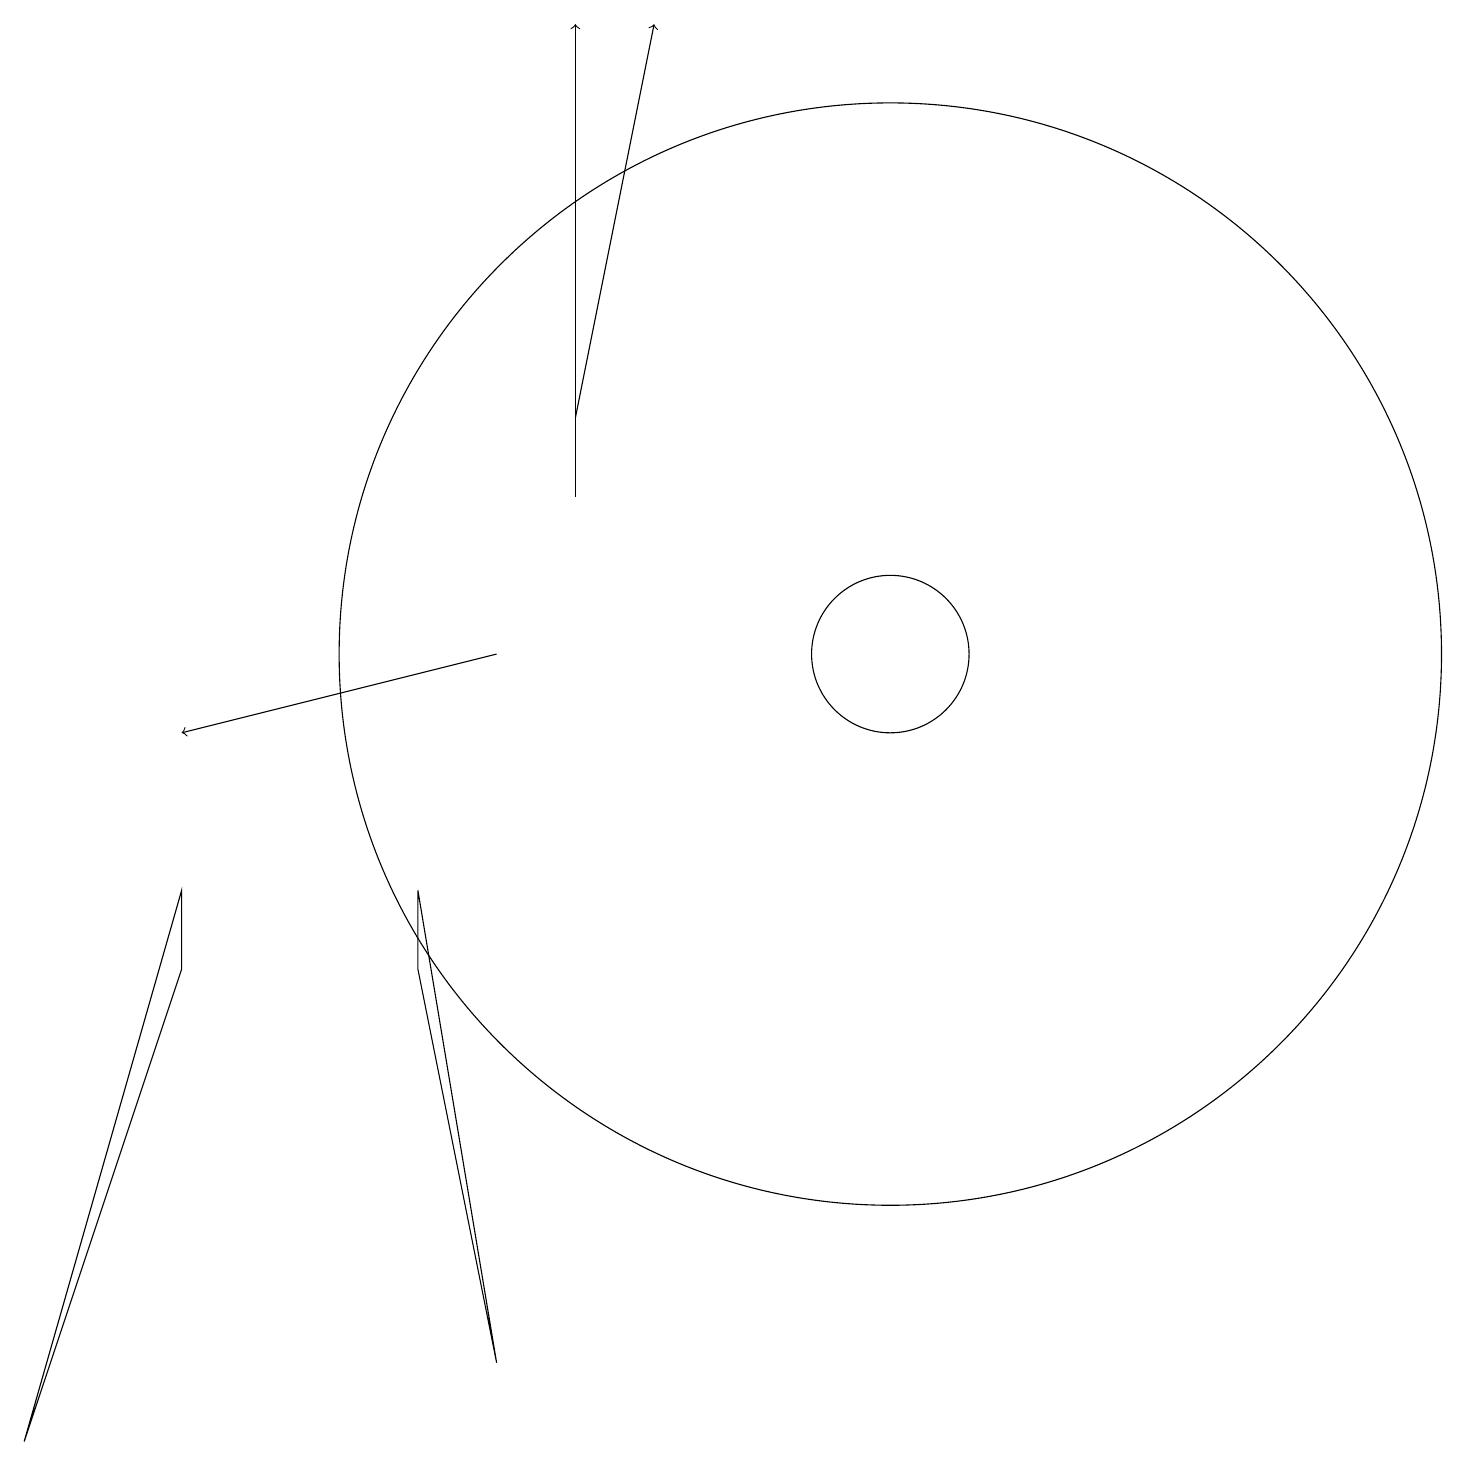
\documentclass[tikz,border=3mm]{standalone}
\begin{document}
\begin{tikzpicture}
\draw (12,11) circle (1);
\draw[->] (8,13) -- (8,19);
\draw[->] (7,11) -- (3,10);
\draw[->] (8,14) -- (9,19);
\draw (7,2) -- (6,8) -- (6,7) -- cycle;
\draw (3,7) -- (1,1) -- (3,8) -- cycle;
\draw (12,11) circle (7);
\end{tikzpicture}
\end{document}